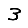
Digit: 3